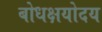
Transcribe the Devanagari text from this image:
बोधक्षयोदय